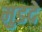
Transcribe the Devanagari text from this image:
मुडदे